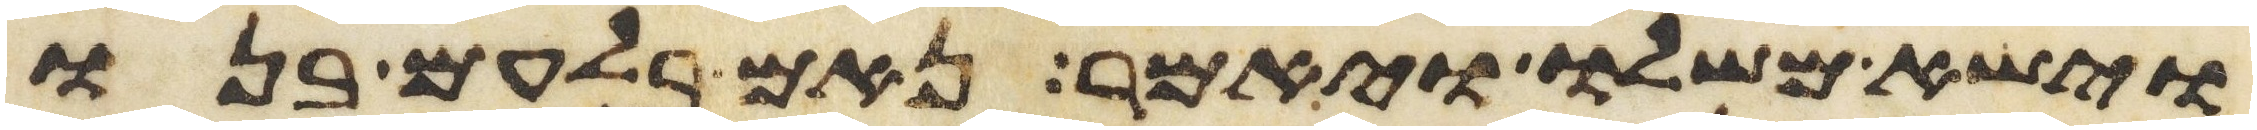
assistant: וישא משלו ויאמר נאם בלעם בנו